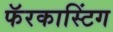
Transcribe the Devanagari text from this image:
फॅरकास्टिंग